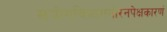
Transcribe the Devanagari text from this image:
संयोगविभागयोरनपेक्षकारणं